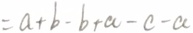
= a + b - b + a - c - a